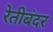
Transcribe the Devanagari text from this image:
रेतीबंदर